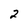
Character: 2